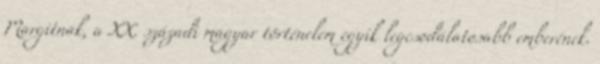
Margitnak, a XX. századi magyar történelem egyik legcsodálatosabb emberének.